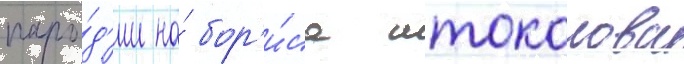
паро́д'ии на́ бор'и́са штоколова